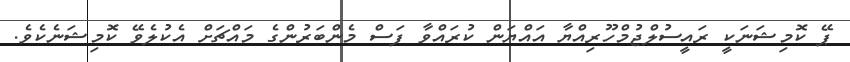
ޕޭ ކޮމިޝަނަކީ ރައީސުލްޖުމްހޫރިއްޔާ އައްޔަން ކުރައްވާ ފަސް މެންބަރުންގެ މައްޗަށް އެކުލެވޭ ކޮމިޝަނެކެވެ.